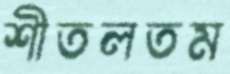
শীতলতম